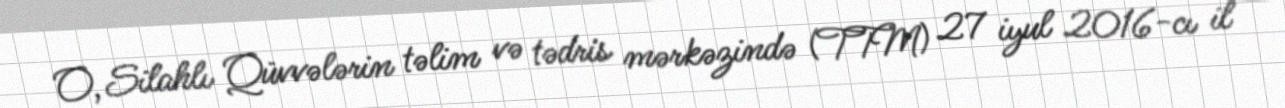
O, Silahlı Qüvvələrin təlim və tədris mərkəzində (TTM) 27 iyul 2016-cı il